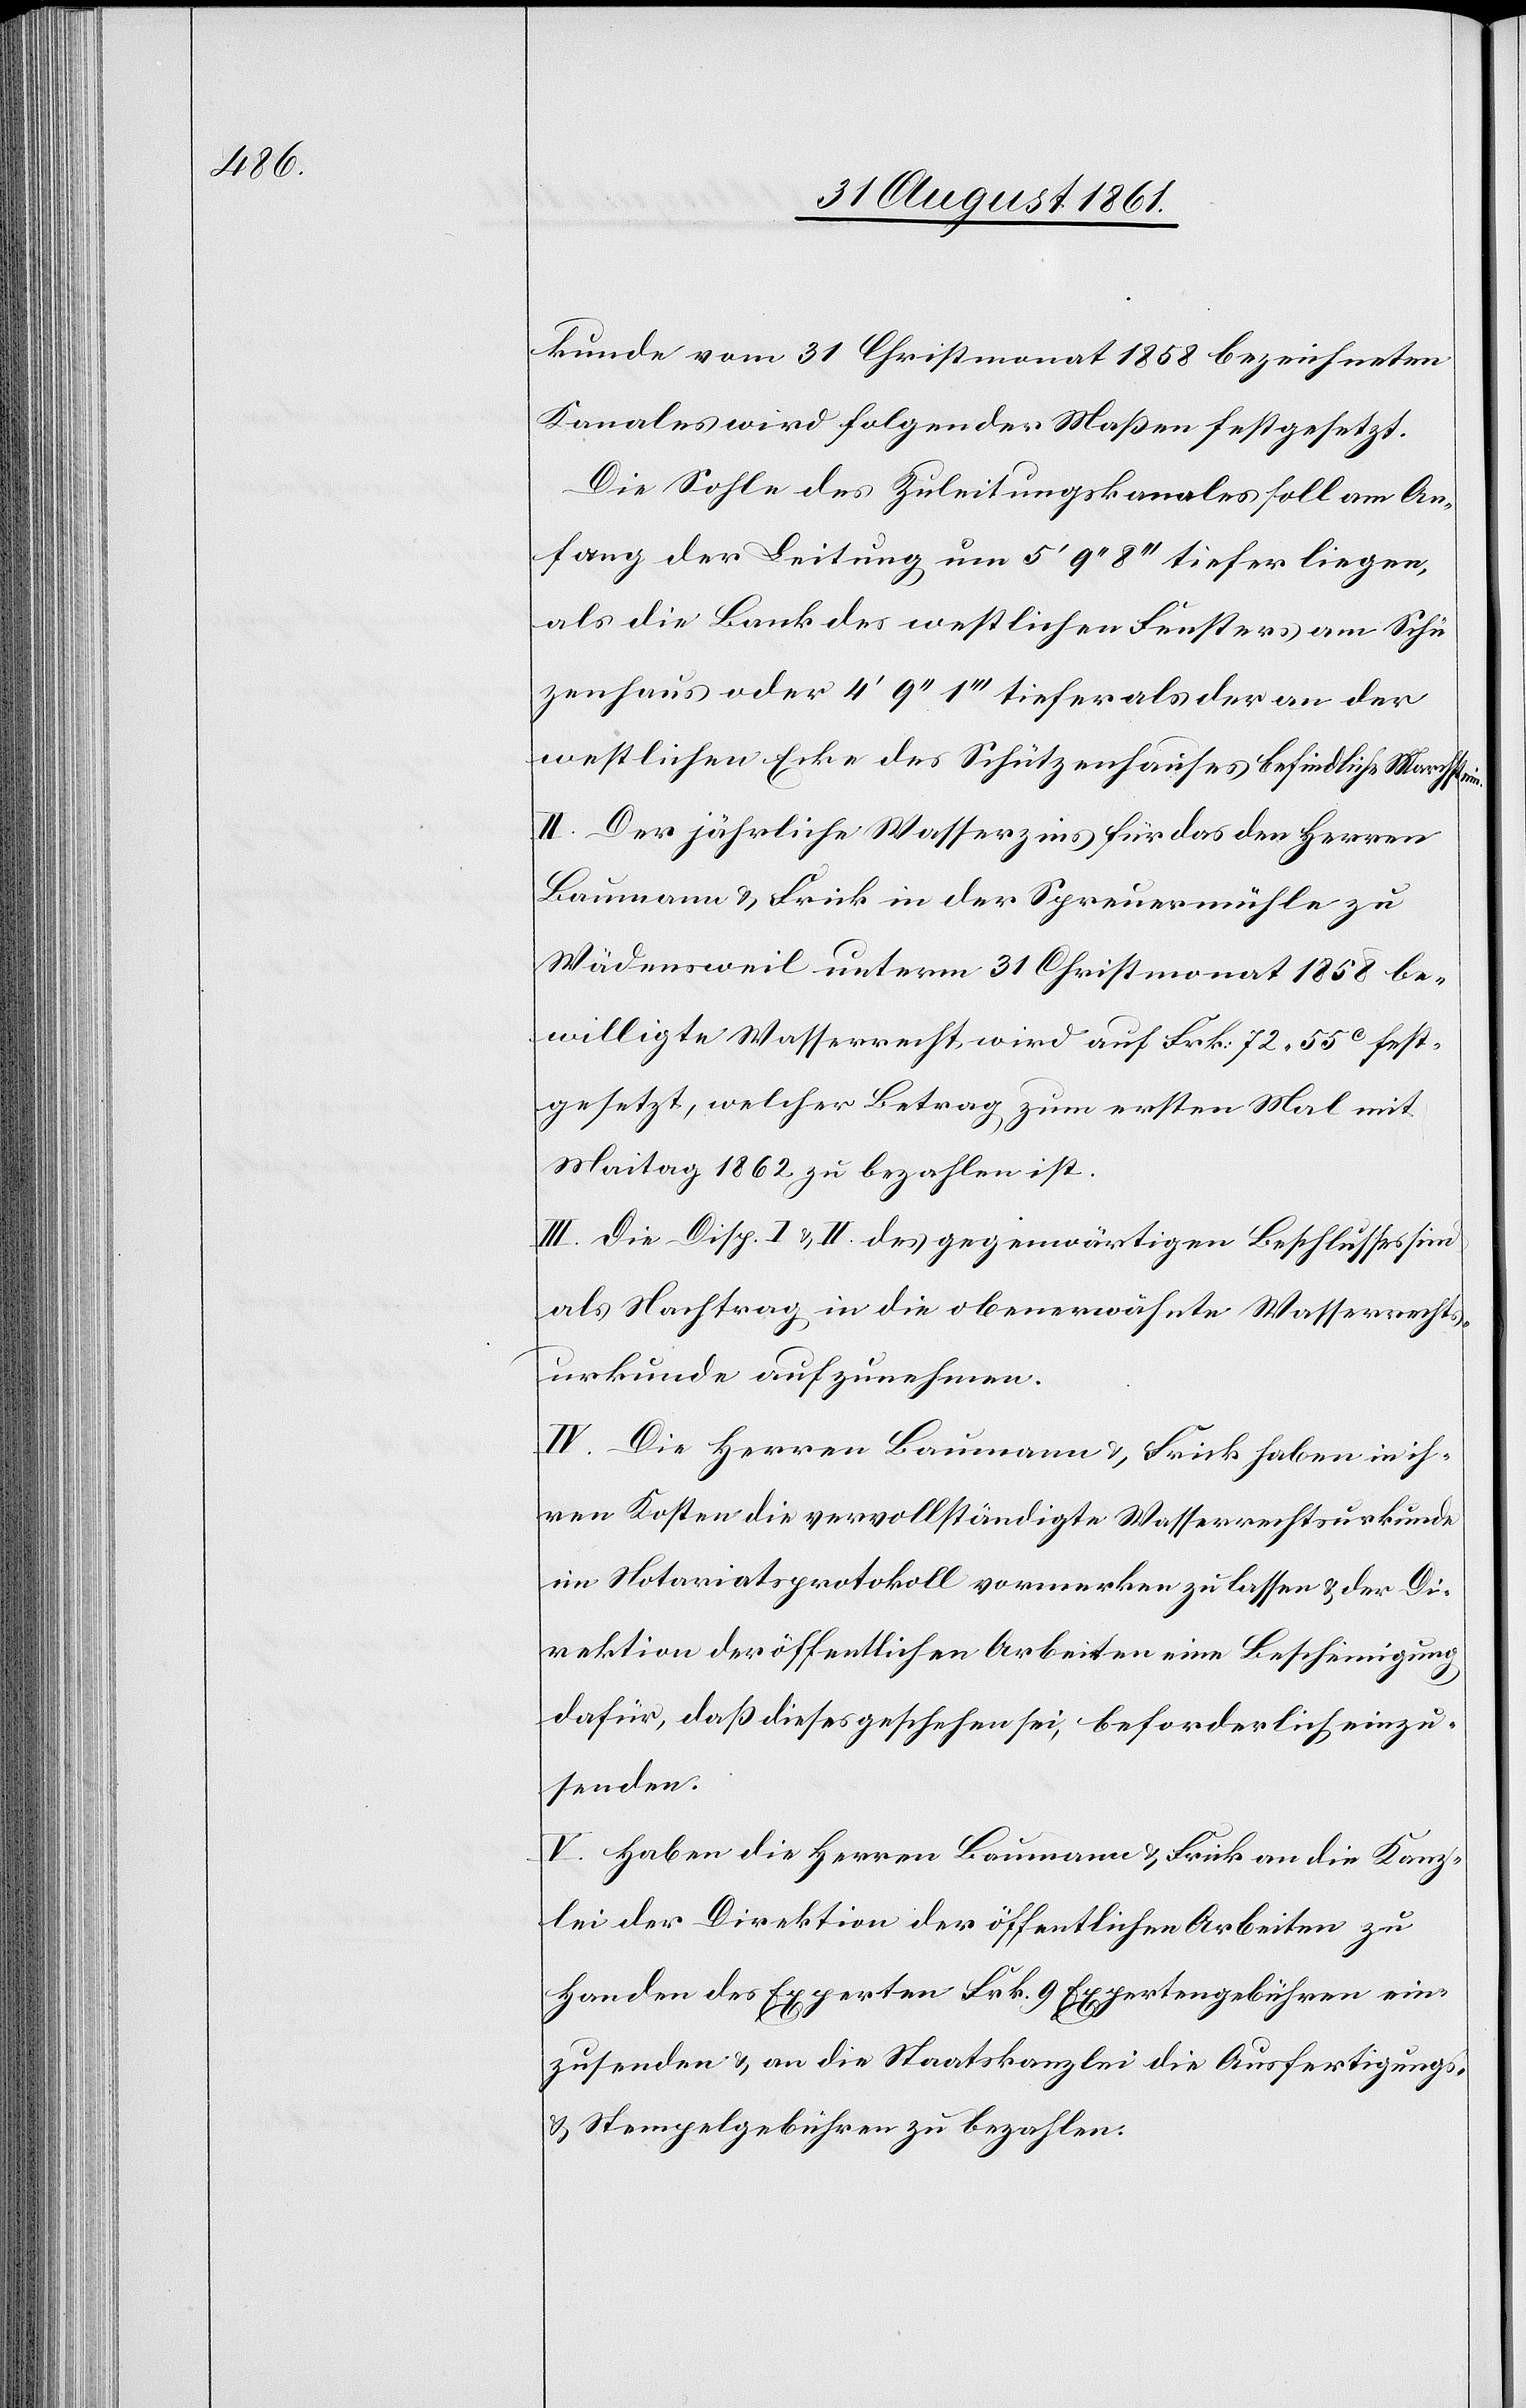
kunde vom 31 Christmonat 1858 bezeichneten
Kanales wird folgender Maßen festgesetzt.
Die Sohle des Zuleitungskanales soll am An¬
fang der Leitung um 5‘ 9‘‘ 8‘‘‘ tiefer liegen,
als die Bank westlichen Fensters am Schü[t]z¬
enhaus oder 4‘ 9‘‘ 1‘‘‘ tiefer als der an der
westlichen Ecke des Schützenhauses befindliche Marchstein.
II. Der jährliche Wasserzins für das den Herren
Baumann u. Frick in der Spreumühle zu
Wädensweil unterm 31 Christmonat 1858 be¬
willigte Wasserrecht, wird auf Frk. 72.55c fest¬
gesetzt, welcher Betrag, zum ersten Mal mit
Montag 1862 zu bezahlen ist.
III. Die Disp. I u. II des gegenwärtigen Beschlusses sind
als Nachtrag in die oberwähnte Wasserrechts¬
urkunde aufzunehmen.
IV. Die Herren Baumann u. Frick haben in ih¬
ren Kosten die vervollständigte Wasserrechtsurkunde
im Notariatsprotokoll vormerken zu lassen u. der Di¬
rektion der öffentlichen Arbeiten eine Bescheinigung
dafür, daß dieses geschehen sei, beförderlich einzu¬
senden.
V. Haben die Herren Baumann u. Frick an die Kanz¬
lei der Direktion der öffentlichen Arbeiten zu
Handen des Experten Frk. 9 Expertengebühren ein¬
zusenden u. an die Staatskanzlei die Ausfertigungs-
u. Stempelgebühren zu bezahlen.